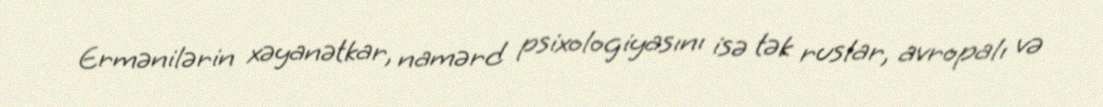
Ermənilərin xəyanətkar, namərd psixologiyasını isə tək ruslar, avropalı və